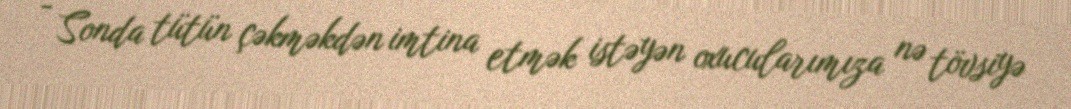
- Sonda tütün çəkməkdən imtina etmək istəyən oxucularımıza nə tövsiyə